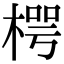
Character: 㮙